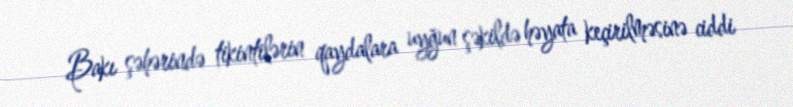
Bakı şəhərində tikintilərin qaydalara uyğun şəkildə həyata keçirilməsinə ciddi